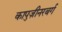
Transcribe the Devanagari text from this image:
कापुज़ीनरबर्ग